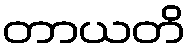
တာယတိ